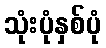
သုံးပုံနှစ်ပုံ